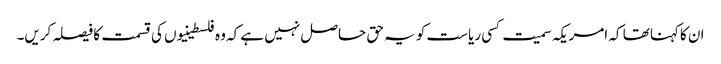
ان کاکہنا تھا کہ امریکہ سمیت کسی ریاست کو یہ حق حاصل نہیں ہے کہ وہ فلسطینیوں کی قسمت کا فیصلہ کریں۔